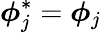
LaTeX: \boldsymbol{\phi}_{j}^{\ast}=\boldsymbol{\phi}_{j}